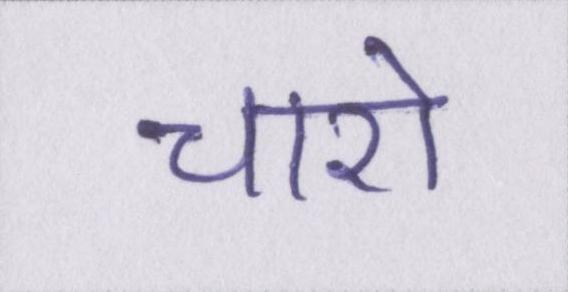
चारो